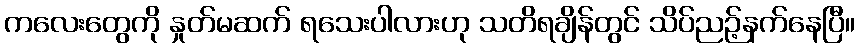
ကလေးတွေကို နှုတ်မဆက် ရသေးပါလားဟု သတိရချိန်တွင် သိပ်ညဉ့်နက်နေပြီ။